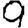
Digit: 9